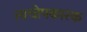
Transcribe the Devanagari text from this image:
त्वचोपकारक